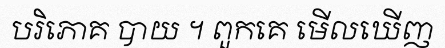
បរិភោគ បាយ ។ ពួកគេ មើលឃើញ